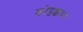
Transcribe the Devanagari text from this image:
कोट्टक्कथा